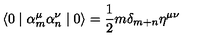
\langle 0 \mid { \alpha } _ { m } ^ { \mu } { \alpha } _ { n } ^ { \nu } \mid 0 \rangle = \frac { 1 } { 2 } m { \delta } _ { m + n } { \eta } ^ { \mu \nu }